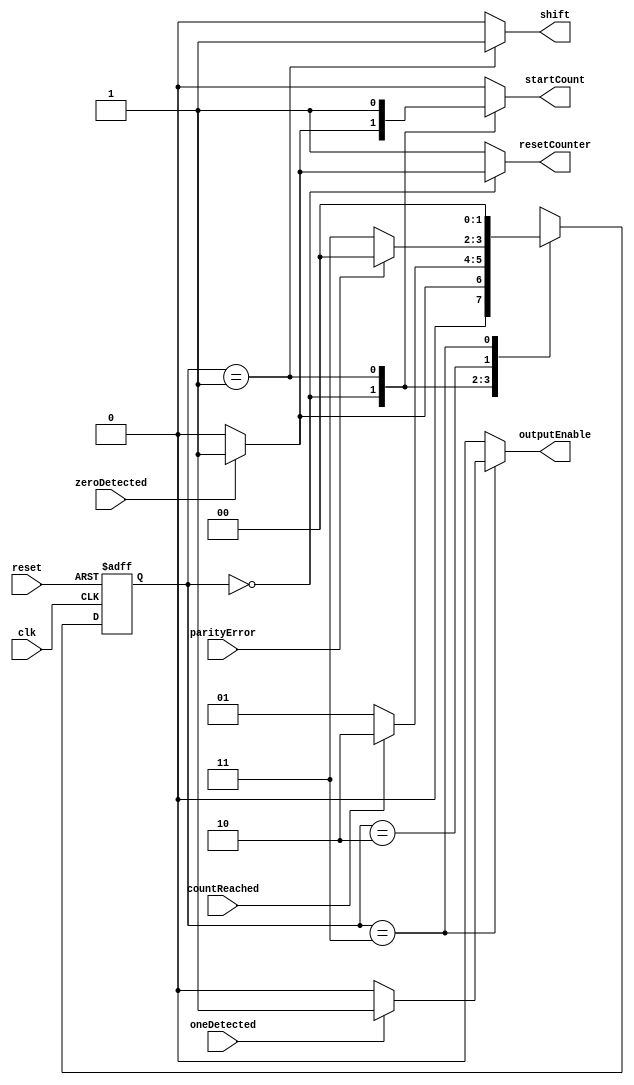
`timescale 1ns / 1ps
module RX_fsm(input zeroDetected,oneDetected,parityError,clk,reset,countReached,
output reg shift,startCount,resetCounter,outputEnable);

//fsm states
parameter idle=2'b00,data=2'b01,parityCheck=2'b10,stopCheck=2'b11; 
reg[1:0] nextState,state;



always@(*)
begin
case(state)
idle:if(zeroDetected)nextState=data;
     else nextState=idle;      
data: if(countReached) nextState=parityCheck; 
      else nextState=data; 
parityCheck: if(parityError)nextState=idle;
             else nextState=stopCheck;
				
stopCheck:nextState=idle;
default: nextState=idle;
endcase
end

always@(posedge clk, negedge reset)
begin
if(!reset) 
state<=idle;
else
state<=nextState;
end

always@(*)
begin
shift=0; startCount=0; resetCounter=1; outputEnable=0;

case(state)
idle: begin  if(zeroDetected)  startCount=1;                             
                               
				 else resetCounter=0;
		end
data:  begin startCount=1;
        shift=1; 
 		 end
stopCheck: begin if(oneDetected) 
           outputEnable=1;
			  end
default: begin shift=0;  startCount=0;
         resetCounter=1; outputEnable=0;
 			end
endcase

end



endmodule